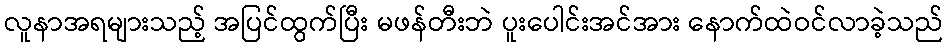
လူနာအရများသည့် အပြင်ထွက်ပြီး မဖန်တီးဘဲ ပူးပေါင်းအင်အား နောက်ထဲဝင်လာခဲ့သည်